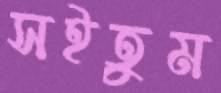
সইতুম